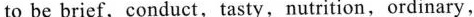
to be brief, conduct, tasty,nutrition, ordinary,